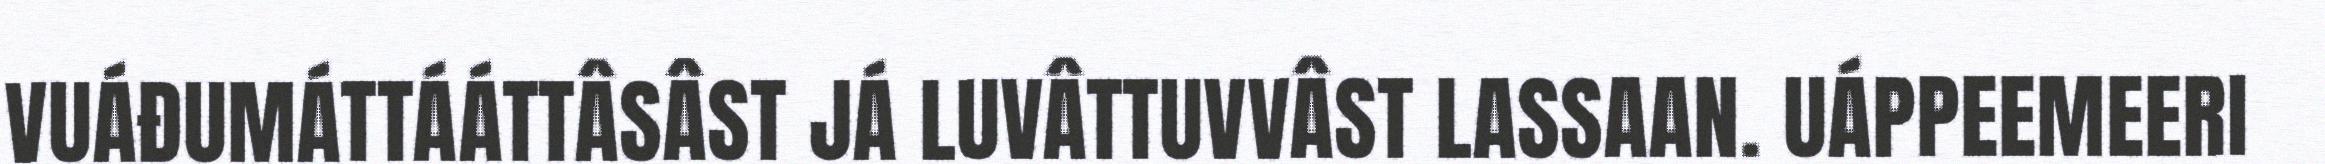
VUÁĐUMÁTTÁÁTTÂSÂST JÁ LUVÂTTUVVÂST LASSAAN. UÁPPEEMEERI